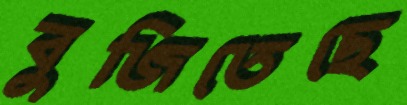
বুজিতেছে